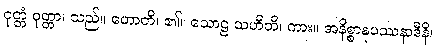
ဝုတ္တံ ဝုတ္တာ၊ သည်။ ဟောတိ၊ ၏။ သောဠ သဟီတိ၊ ကား။ အနိစ္စာနုပဿနာဒီနိ၊